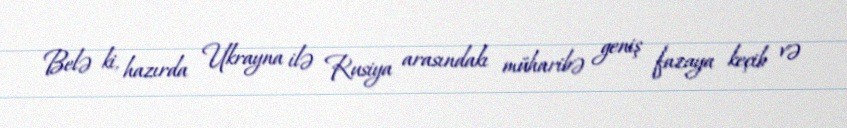
Belə ki, hazırda Ukrayna ilə Rusiya arasındakı müharibə geniş fazaya keçib və